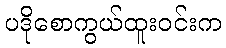
ပဒိုစောကွယ်ထူးဝင်းက